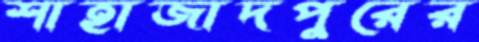
শাহাজাদপুরের